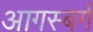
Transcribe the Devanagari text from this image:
आगस्बर्ग